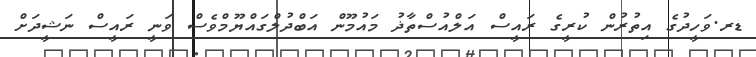
ޑރ.ވަހީދުގެ އިތުރުން ކުރީގެ ރައީސް އަލްއުސްތާޛު މައުމޫން އަބްދުލްގައްޔޫމްވެސް ވަނީ ރައީސް ނަޝީދަށް